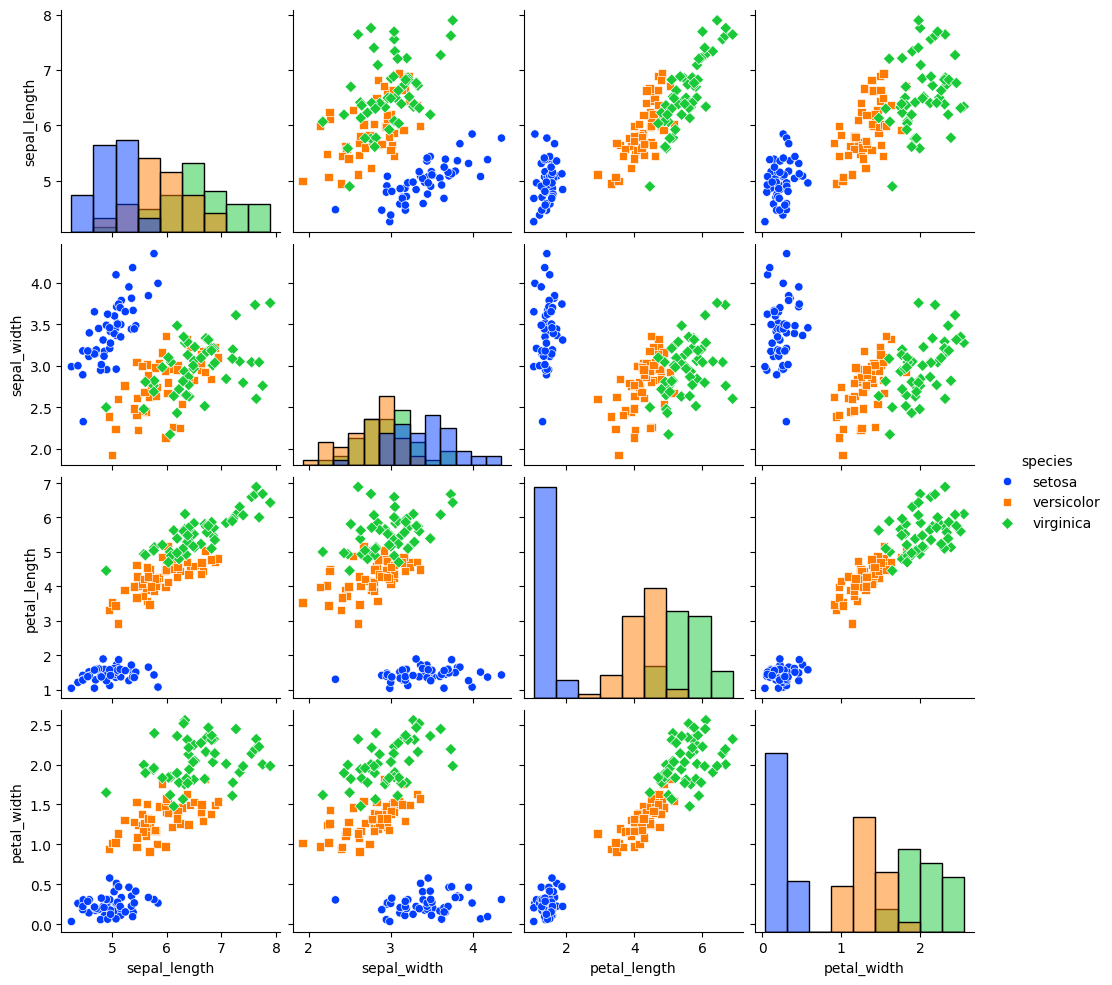
python, seaborn, pairplot, palette='bright', markers=['o', 's', 'D'], kind='scatter', diag_kind='hist'